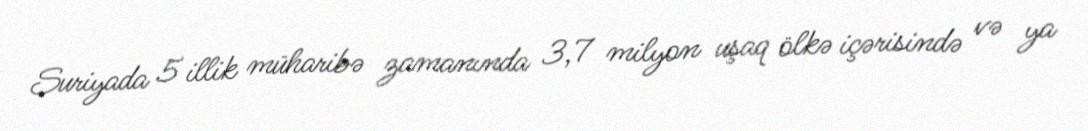
Suriyada 5 illik müharibə zamanında 3,7 milyon uşaq ölkə içərisində və ya